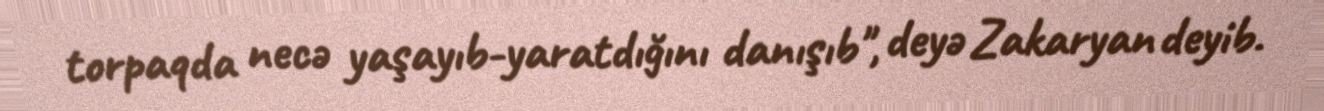
torpaqda necə yaşayıb-yaratdığını danışıb", deyə Zakaryan deyib.